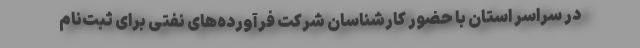
در سراسر استان با حضور کارشناسان شرکت فرآورده‌های نفتی برای ثبت‌نام